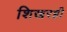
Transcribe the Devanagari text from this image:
शिखरही